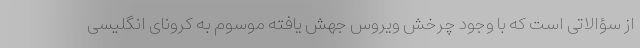
از سؤالاتی است که با وجود چرخش ویروس جهش یافته موسوم به کرونای انگلیسی